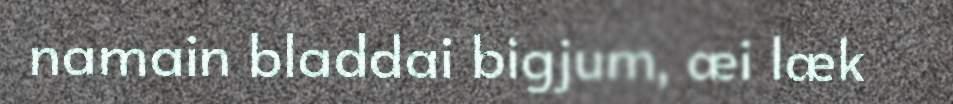
namain bladdai bigjum, æi læk